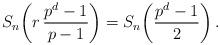
LaTeX: \begin{align*}S_{n}\!\left( r\,\frac{p^d-1}{p-1}\right)=S_{n}\!\left( \frac{p^d-1}{2}\right).\end{align*}